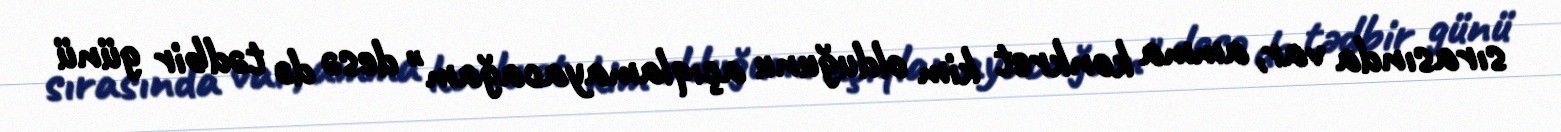
sırasında var, amma konkret kim olduğunu açıqlamayacağam" desə də tədbir günü